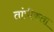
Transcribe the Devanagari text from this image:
तांत्रीकता